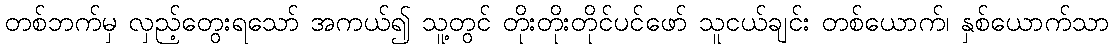
တစ်ဘက်မှ လှည့်တွေးရသော် အကယ်၍ သူ့တွင် တိုးတိုးတိုင်ပင်ဖော် သူငယ်ချင်း တစ်ယောက်၊ နှစ်ယောက်သာ